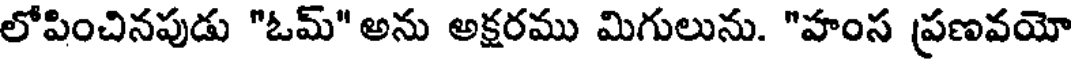
లోపించినపుడు "ఓమ్" అను అక్షరము మిగులును. "హంస ప్రణవయో